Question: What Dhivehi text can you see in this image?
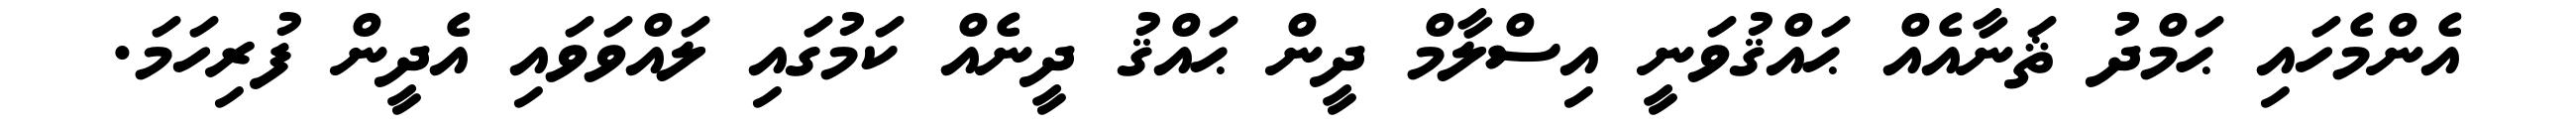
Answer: އެންމެހައި ޙަމްދު ޘަނާއެއް ޙައްޤުވަނީ އިސްލާމް ދީން ޙައްޤު ދީނެއް ކަމުގައި ލައްވަވައި އެދީން ފުރިހަމަ.